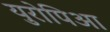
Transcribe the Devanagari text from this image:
युरोपिआ